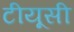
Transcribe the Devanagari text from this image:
टीयूसी